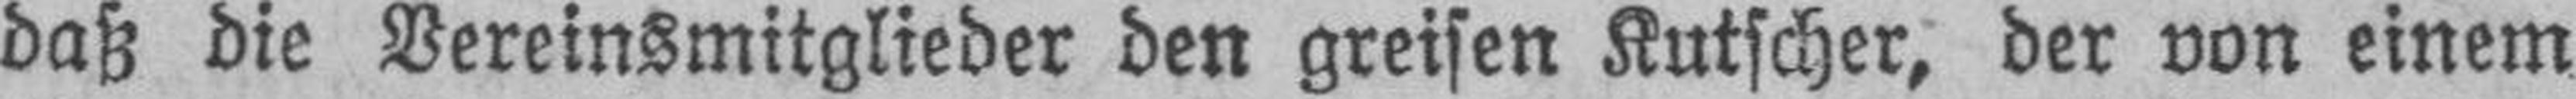
daß die Vereinsmitglieder den greisen Kutscher, der von einem